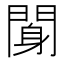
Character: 𨉖